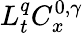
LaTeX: L_{t}^{q}C_{x}^{0,\gamma}